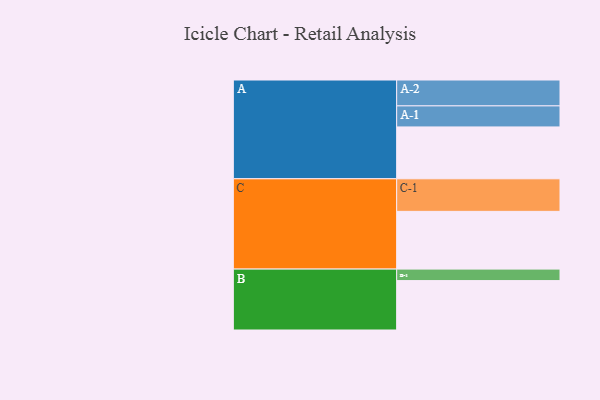
{"axis": {"x": "Segment", "y": "Value"}, "legend": ["", "A", "B", "C"], "data": [{"x": "A", "y": 379, "type": ""}, {"x": "B", "y": 361, "type": ""}, {"x": "C", "y": 422, "type": ""}, {"x": "A-1", "y": 154, "type": "A"}, {"x": "A-2", "y": 189, "type": "A"}, {"x": "B-1", "y": 84, "type": "B"}, {"x": "C-1", "y": 238, "type": "C"}]}